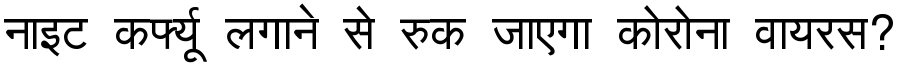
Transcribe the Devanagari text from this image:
नाइट कर्फ्यू लगाने से रुक जाएगा कोरोना वायरस?